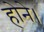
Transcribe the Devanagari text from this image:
होने।